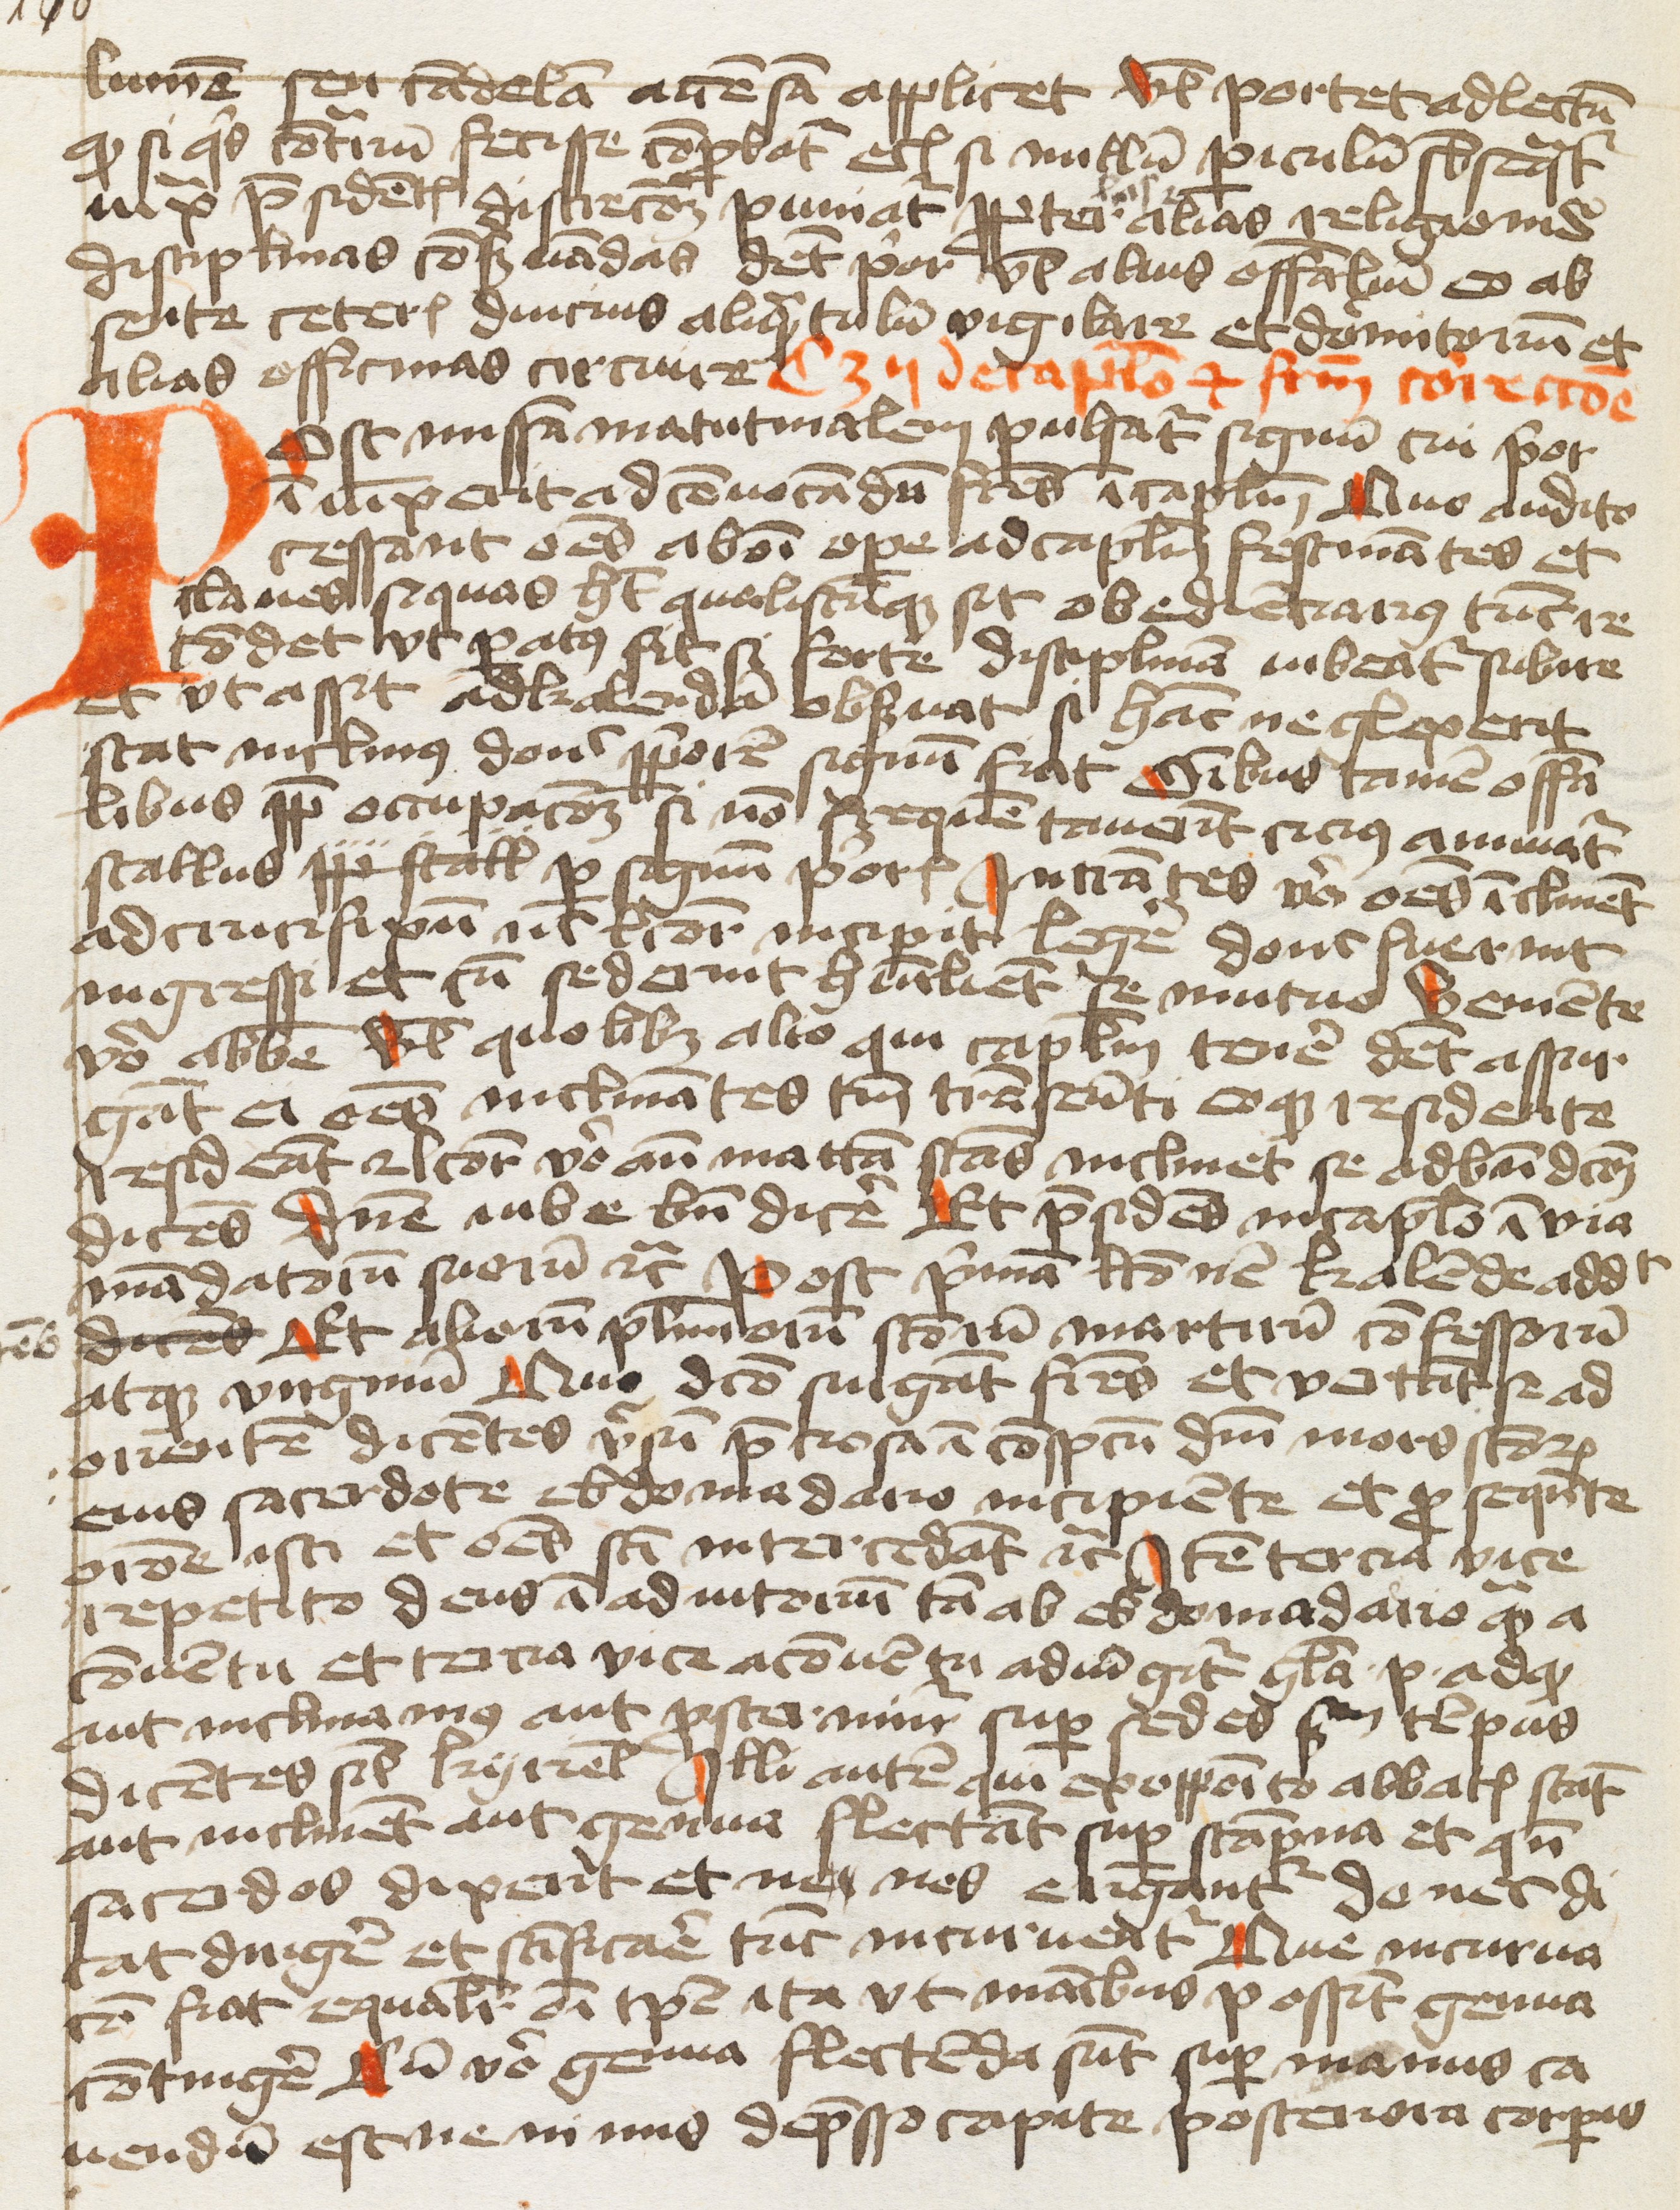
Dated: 1400–1499